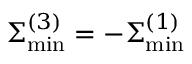
\Sigma _ { \mathrm { m i n } } ^ { ( 3 ) } = - \Sigma _ { \mathrm { m i n } } ^ { ( 1 ) }